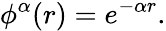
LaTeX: \phi^{\alpha}(r)=e^{-\alpha r}.